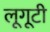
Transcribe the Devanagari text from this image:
लूगूटी